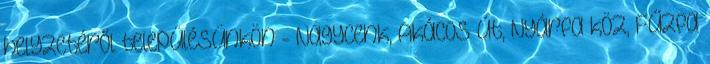
helyzetéről településünkön - Nagycenk, Akácos út, Nyárfa köz, Fűzfa